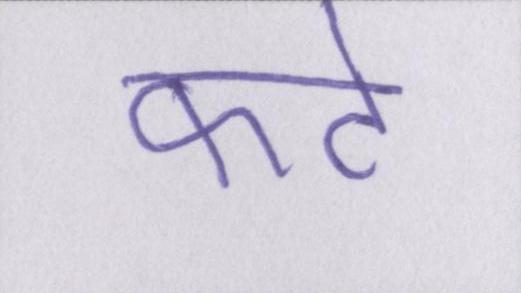
कटे